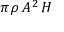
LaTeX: \pi \, \rho \, A ^ { 2 } \, H